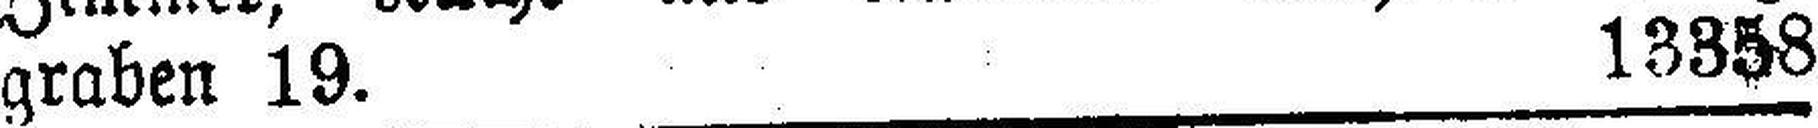
graben 19. 13358